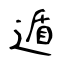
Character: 遁